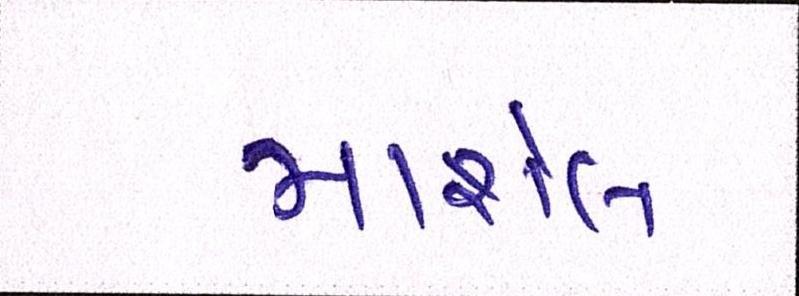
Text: માર્શલ